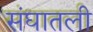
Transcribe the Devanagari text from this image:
संघातली